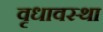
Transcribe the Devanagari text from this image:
वृधावस्था